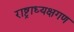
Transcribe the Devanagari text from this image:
राष्ट्राध्यक्षगण